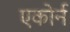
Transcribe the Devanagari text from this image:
एकोर्न